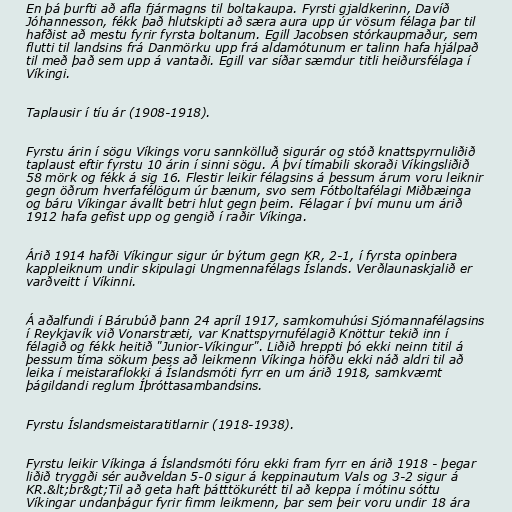
En þá þurfti að afla fjármagns til boltakaupa. Fyrsti gjaldkerinn, Davíð
Jóhannesson, fékk það hlutskipti að særa aura upp úr vösum félaga þar til
hafðist að mestu fyrir fyrsta boltanum. Egill Jacobsen stórkaupmaður, sem
flutti til landsins frá Danmörku upp frá aldamótunum er talinn hafa hjálpað
til með það sem upp á vantaði. Egill var síðar sæmdur titli heiðursfélaga í
Víkingi.

Taplausir í tíu ár (1908-1918).

Fyrstu árin í sögu Víkings voru sannkölluð sigurár og stóð knattspyrnuliðið
taplaust eftir fyrstu 10 árin í sinni sögu. Á því tímabili skoraði Víkingsliðið
58 mörk og fékk á sig 16. Flestir leikir félagsins á þessum árum voru leiknir
gegn öðrum hverfafélögum úr bænum, svo sem Fótboltafélagi Miðbæinga
og báru Víkingar ávallt betri hlut gegn þeim. Félagar í því munu um árið
1912 hafa gefist upp og gengið í raðir Víkinga.

Árið 1914 hafði Víkingur sigur úr býtum gegn KR, 2-1, í fyrsta opinbera
kappleiknum undir skipulagi Ungmennafélags Íslands. Verðlaunaskjalið er
varðveitt í Víkinni.

Á aðalfundi í Bárubúð þann 24 apríl 1917, samkomuhúsi Sjómannafélagsins
í Reykjavík við Vonarstræti, var Knattspyrnufélagið Knöttur tekið inn í
félagið og fékk heitið "Junior-Víkingur". Liðið hreppti þó ekki neinn titil á
þessum tíma sökum þess að leikmenn Víkinga höfðu ekki náð aldri til að
leika í meistaraflokki á Íslandsmóti fyrr en um árið 1918, samkvæmt
þágildandi reglum Íþróttasambandsins.

Fyrstu Íslandsmeistaratitlarnir (1918-1938).

Fyrstu leikir Víkinga á Íslandsmóti fóru ekki fram fyrr en árið 1918 - þegar
liðið tryggði sér auðveldan 5-0 sigur á keppinautum Vals og 3-2 sigur á
KR.&lt;br&gt;Til að geta haft þátttökurétt til að keppa í mótinu sóttu
Víkingar undanþágur fyrir fimm leikmenn, þar sem þeir voru undir 18 ára